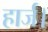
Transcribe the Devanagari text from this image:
हार्ज।